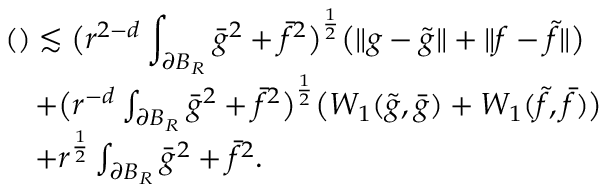
\begin{array} { r l } { \lefteqn { \mathrm { ( ) } \lesssim \big ( r ^ { 2 - d } \int _ { \partial B _ { R } } \bar { g } ^ { 2 } + \bar { f } ^ { 2 } \big ) ^ { \frac { 1 } { 2 } } \big ( \| g - \tilde { g } \| + \| f - \tilde { f } \| \big ) } } \\ & { + \big ( r ^ { - d } \int _ { \partial B _ { R } } \bar { g } ^ { 2 } + \bar { f } ^ { 2 } \big ) ^ { \frac { 1 } { 2 } } \big ( W _ { 1 } ( \tilde { g } , \bar { g } ) + W _ { 1 } ( \tilde { f } , \bar { f } ) \big ) } \\ & { + r ^ { \frac { 1 } { 2 } } \int _ { \partial B _ { R } } \bar { g } ^ { 2 } + \bar { f } ^ { 2 } . } \end{array}